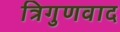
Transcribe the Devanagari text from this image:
त्रिगुणवाद